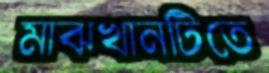
মাঝখানটিতে